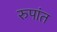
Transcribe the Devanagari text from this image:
रुपांत